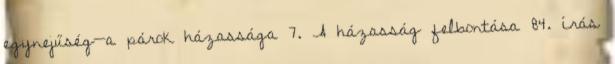
egynejűség—a párok házassága 7. A házasság felbontása 84. írás